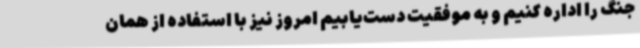
جنگ را اداره کنیم و به موفقیت دست‌یابیم امروز نیز با استفاده از همان